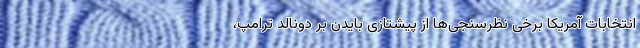
انتخابات آمریکا برخی نظر‌سنجی‌ها از پیشتازی بایدن بر دونالد ترامپ،